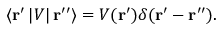
\left\langle \mathbf { r } ^ { \prime } \left| V \right| \mathbf { r } ^ { \prime \prime } \right\rangle = V ( \mathbf { r } ^ { \prime } ) \delta ( \mathbf { r } ^ { \prime } - \mathbf { r } ^ { \prime \prime } ) .